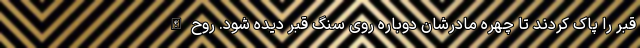
قبر را پاک کردند تا چهره مادرشان دوباره روی سنگ قبر دیده شود. روح‌الله